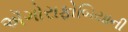
ઍગોરાફોબિયાની